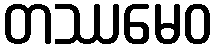
တဿမေဝ